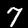
Label: 7